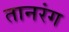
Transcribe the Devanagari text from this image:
तानरंग